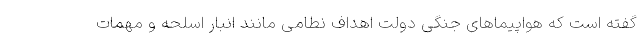
گفته است که هواپیماهای جنگی دولت اهداف نطامی مانند انبار اسلحه و مهمات